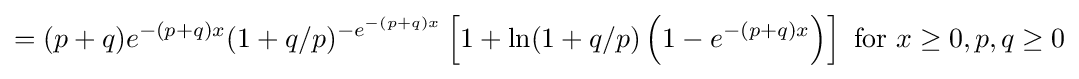
=(p+q)e^{-(p+q)x}{(1+q/p)^{-e^{-(p+q)x}}}\left[1+\ln(1+q/p)\left(1-e^{-(p+q)x}\right)\right]{\text{ for }}x\geq 0,p,q\geq 0